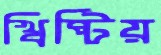
খ্রিষ্টিয়